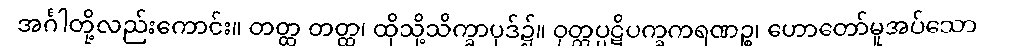
အင်္ဂါတို့လည်းကောင်း။ တတ္ထ တတ္ထ၊ ထိုသို့သိက္ခာပုဒ်၌။ ဝုတ္တပ္ပဋိပက္ခကရဏဉ္စ၊ ဟောတော်မူအပ်သော